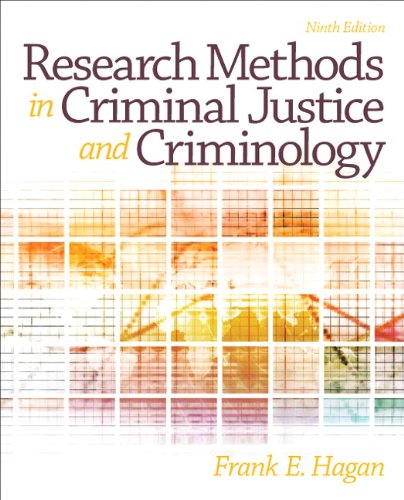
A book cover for Research Methods in Criminal Justice and Criminology (9th Edition); Frank E. Hagan; Politics & Social Sciences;